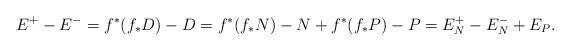
LaTeX: \begin{align*}E^+ - E^{-} = f^*(f_*D) - D = f^*(f_*N) -N + f^*(f_*P) - P = E_N^+ - E_N^{-} + E_P.\end{align*}